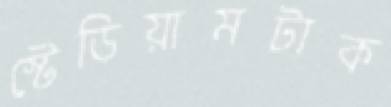
স্টেডিয়ামটাক